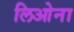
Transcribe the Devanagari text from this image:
लिओना